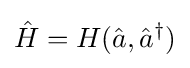
{\hat {H}}=H({\hat {a}},{\hat {a}}^{\dagger })